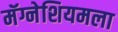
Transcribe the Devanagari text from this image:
मॅग्नेशियमला